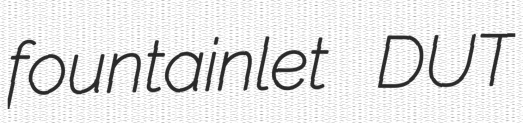
fountainlet DUT